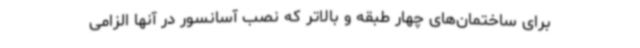
برای ساختمان‌های چهار طبقه و بالاتر که نصب آسانسور در آنها الزامی